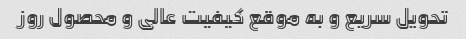
تحویل سریع و به موقع کیفیت عالی و محصول روز